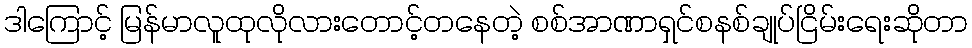
ဒါကြောင့် မြန်မာလူထုလိုလားတောင့်တနေတဲ့ စစ်အာဏာရှင်စနစ်ချုပ်ငြိမ်းရေးဆိုတာ